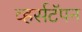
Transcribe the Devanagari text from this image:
व्हर्सटॅपन